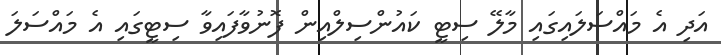
އަދި އެ މައްސަލައިގައި މާލޭ ސިޓީ ކައުންސިލްއިން ފޮނުވާފައިވާ ސިޓީގައި އެ މައްސަލަ